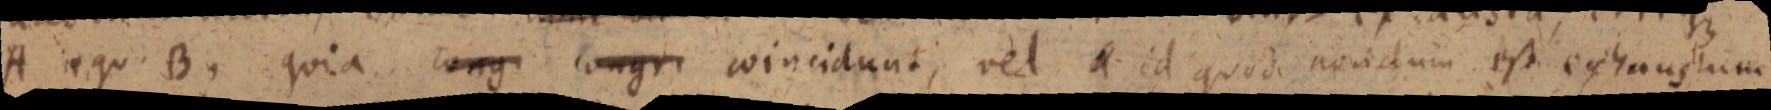
A iqu B, quia congi congri coincidunt, vel a id quod nondum est exhaustum